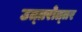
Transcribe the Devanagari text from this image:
उत्‍तरोत्‍तर